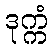
ဒုက္ကံ